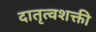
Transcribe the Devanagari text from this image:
दातृत्वशक्ती